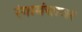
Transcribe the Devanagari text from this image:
रंगामंचावर